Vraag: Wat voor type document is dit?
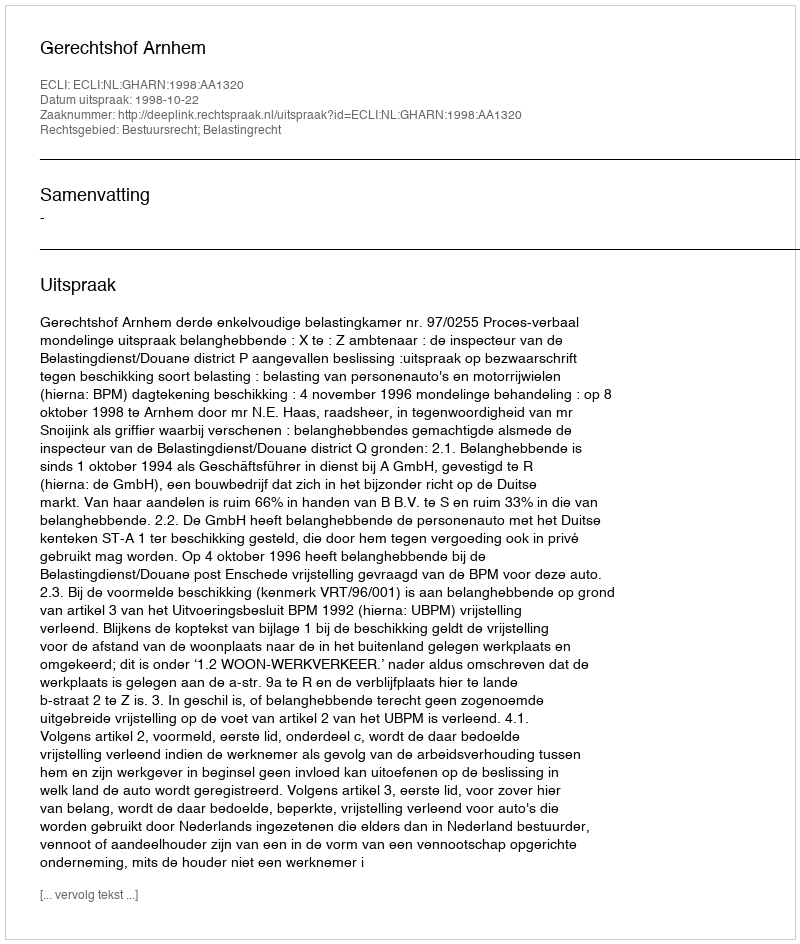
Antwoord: Uitspraak